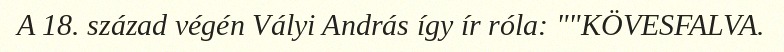
A 18. század végén Vályi András így ír róla: ""KÖVESFALVA.